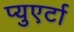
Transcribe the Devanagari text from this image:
प्युएर्टा